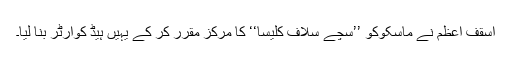
اسقف اعظم نے ماسکوکو ’’سچے سلاف کلیسا‘‘ کا مرکز مقرر کر کے یہیں ہیڈ کوارٹر بنا لیا۔